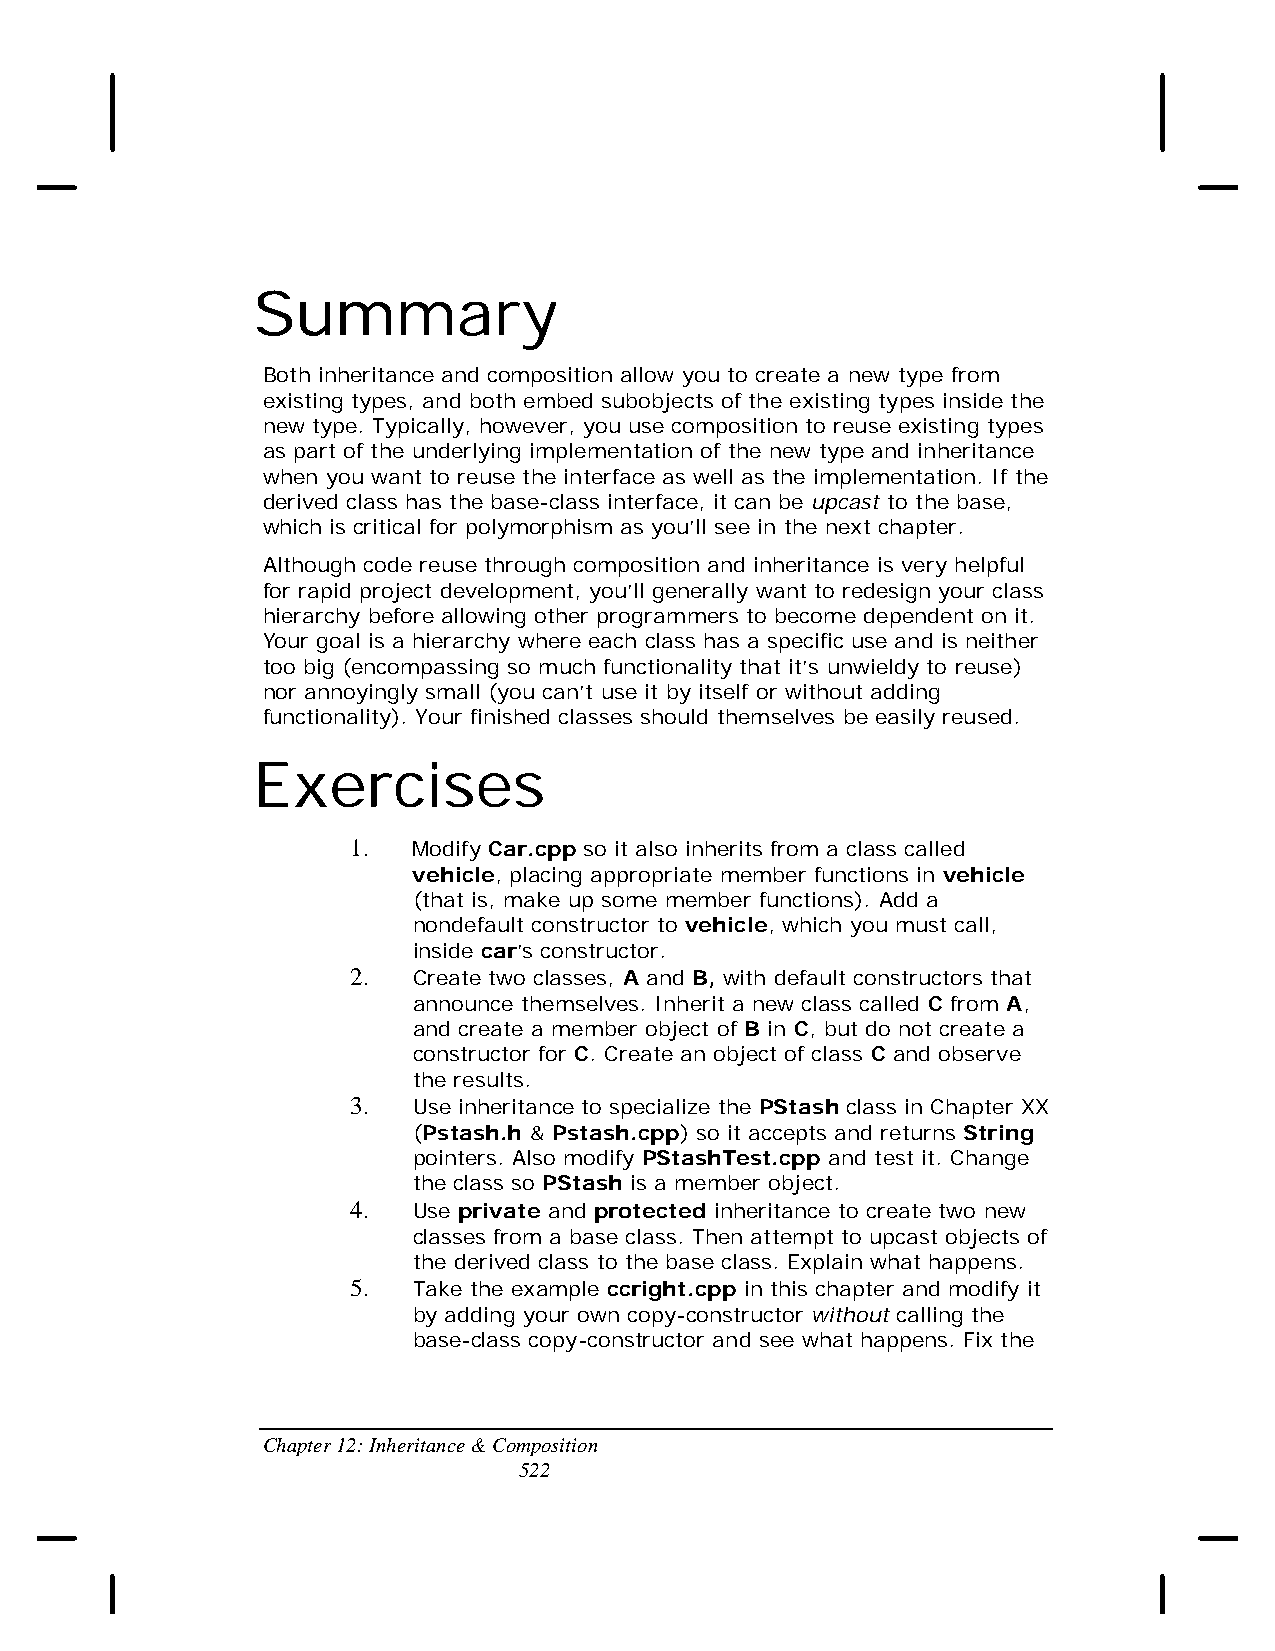
Summary
 Both inheritance and composition allow you to create a new type from
 existing types, and both embed subobjects of the existing types inside the
 new type. Typically, however, you use composition to reuse existing types
 as part of the underlying implementation of the new type and inheritance
 when you want to reuse the interface as well as the implementation. If the
 derived class has the base-class interface, it can be upcast to the base,
 which is critical for polymorphism as you’ll see in the next chapter.
 Although code reuse through composition and inheritance is very helpful
 for rapid project development, you’ll generally want to redesign your class
 hierarchy before allowing other programmers to become dependent on it.
 Your goal is a hierarchy where each class has a specific use and is neither
 too big (encompassing so much functionality that it’s unwieldy to reuse)
 nor annoyingly small (you can’t use it by itself or without adding
 functionality). Your finished classes should themselves be easily reused.
 Exercises
 1.  Modify Car.cpp so it also inherits from a class called
 vehicle, placing appropriate member functions in vehicle
 (that is, make up some member functions). Add a
 nondefault constructor to vehicle, which you must call,
 inside car’s constructor.
 2.  Create two classes, A and B, with default constructors that
 announce themselves. Inherit a new class called C from A,
 and create a member object of B in C, but do not create a
 constructor for C. Create an object of class C and observe
 the results.
 3.  Use inheritance to specialize the PStash class in Chapter XX
 (Pstash.h & Pstash.cpp) so it accepts and returns String
 pointers. Also modify PStashTest.cpp and test it. Change
 the class so PStash is a member object.
 4.  Use private and protected inheritance to create two new
 classes from a base class. Then attempt to upcast objects of
 the derived class to the base class. Explain what happens.
 5.  Take the example ccright.cpp in this chapter and modify it
 by adding your own copy-constructor without calling the
 base-class copy-constructor and see what happens. Fix the
 Chapter 12: Inheritance & Composition
 522